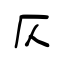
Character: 仄